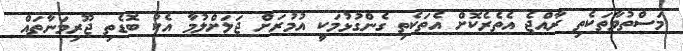
މަސްތުވާތަކެތި ރާއްޖެ އެތެރެކޮށް އެތަކެތި ގެންގުޅުމަކީ އުމުރަށް ޖަލަށްލުމާ އެކު ބޮޑެތި ޖޫރިމަނާތައް